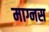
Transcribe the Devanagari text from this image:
माग्नस